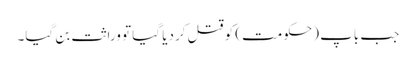
جب باپ (حکومت) کو قتل کردیا گیا تو وراثت بن گیا۔